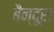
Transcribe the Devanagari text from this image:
बैन्दूरा